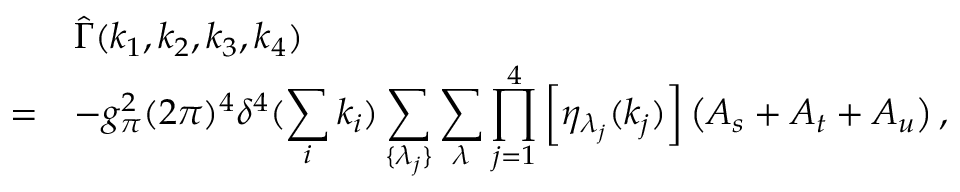
\begin{array} { r l } { { } } & { { \hat { \Gamma } ( k _ { 1 } , k _ { 2 } , k _ { 3 } , k _ { 4 } ) } } \\ { { = } } & { { \displaystyle - g _ { \pi } ^ { 2 } ( 2 \pi ) ^ { 4 } \delta ^ { 4 } ( \sum _ { i } k _ { i } ) \sum _ { \{ \lambda _ { j } \} } \sum _ { \lambda } \prod _ { j = 1 } ^ { 4 } \left[ \eta _ { \lambda _ { j } } ( k _ { j } ) \right] \left( A _ { s } + A _ { t } + A _ { u } \right) , } } \end{array}